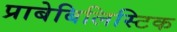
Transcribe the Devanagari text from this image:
प्राबेबिलिस्टिक